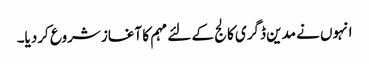
انہوں نے مدین ڈگری کالج کے لئے مہم کا آغاز شروع کردیا۔